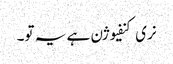
نری کنفیوژن ہے یہ تو۔